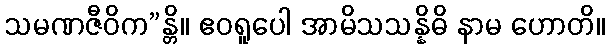
သမဏဇီဝိက”န္တိ။ ဧဝရူပေါ အာမိသသန္နိဓိ နာမ ဟောတိ။